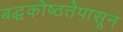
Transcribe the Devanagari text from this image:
बद्धकोष्ठतेपासून